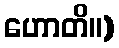
ဟောတိ။)